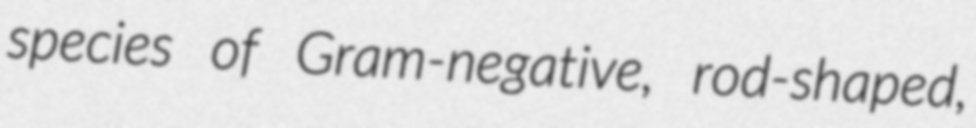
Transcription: species of Gram-negative, rod-shaped,